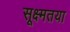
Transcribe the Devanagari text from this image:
सूक्ष्मतया